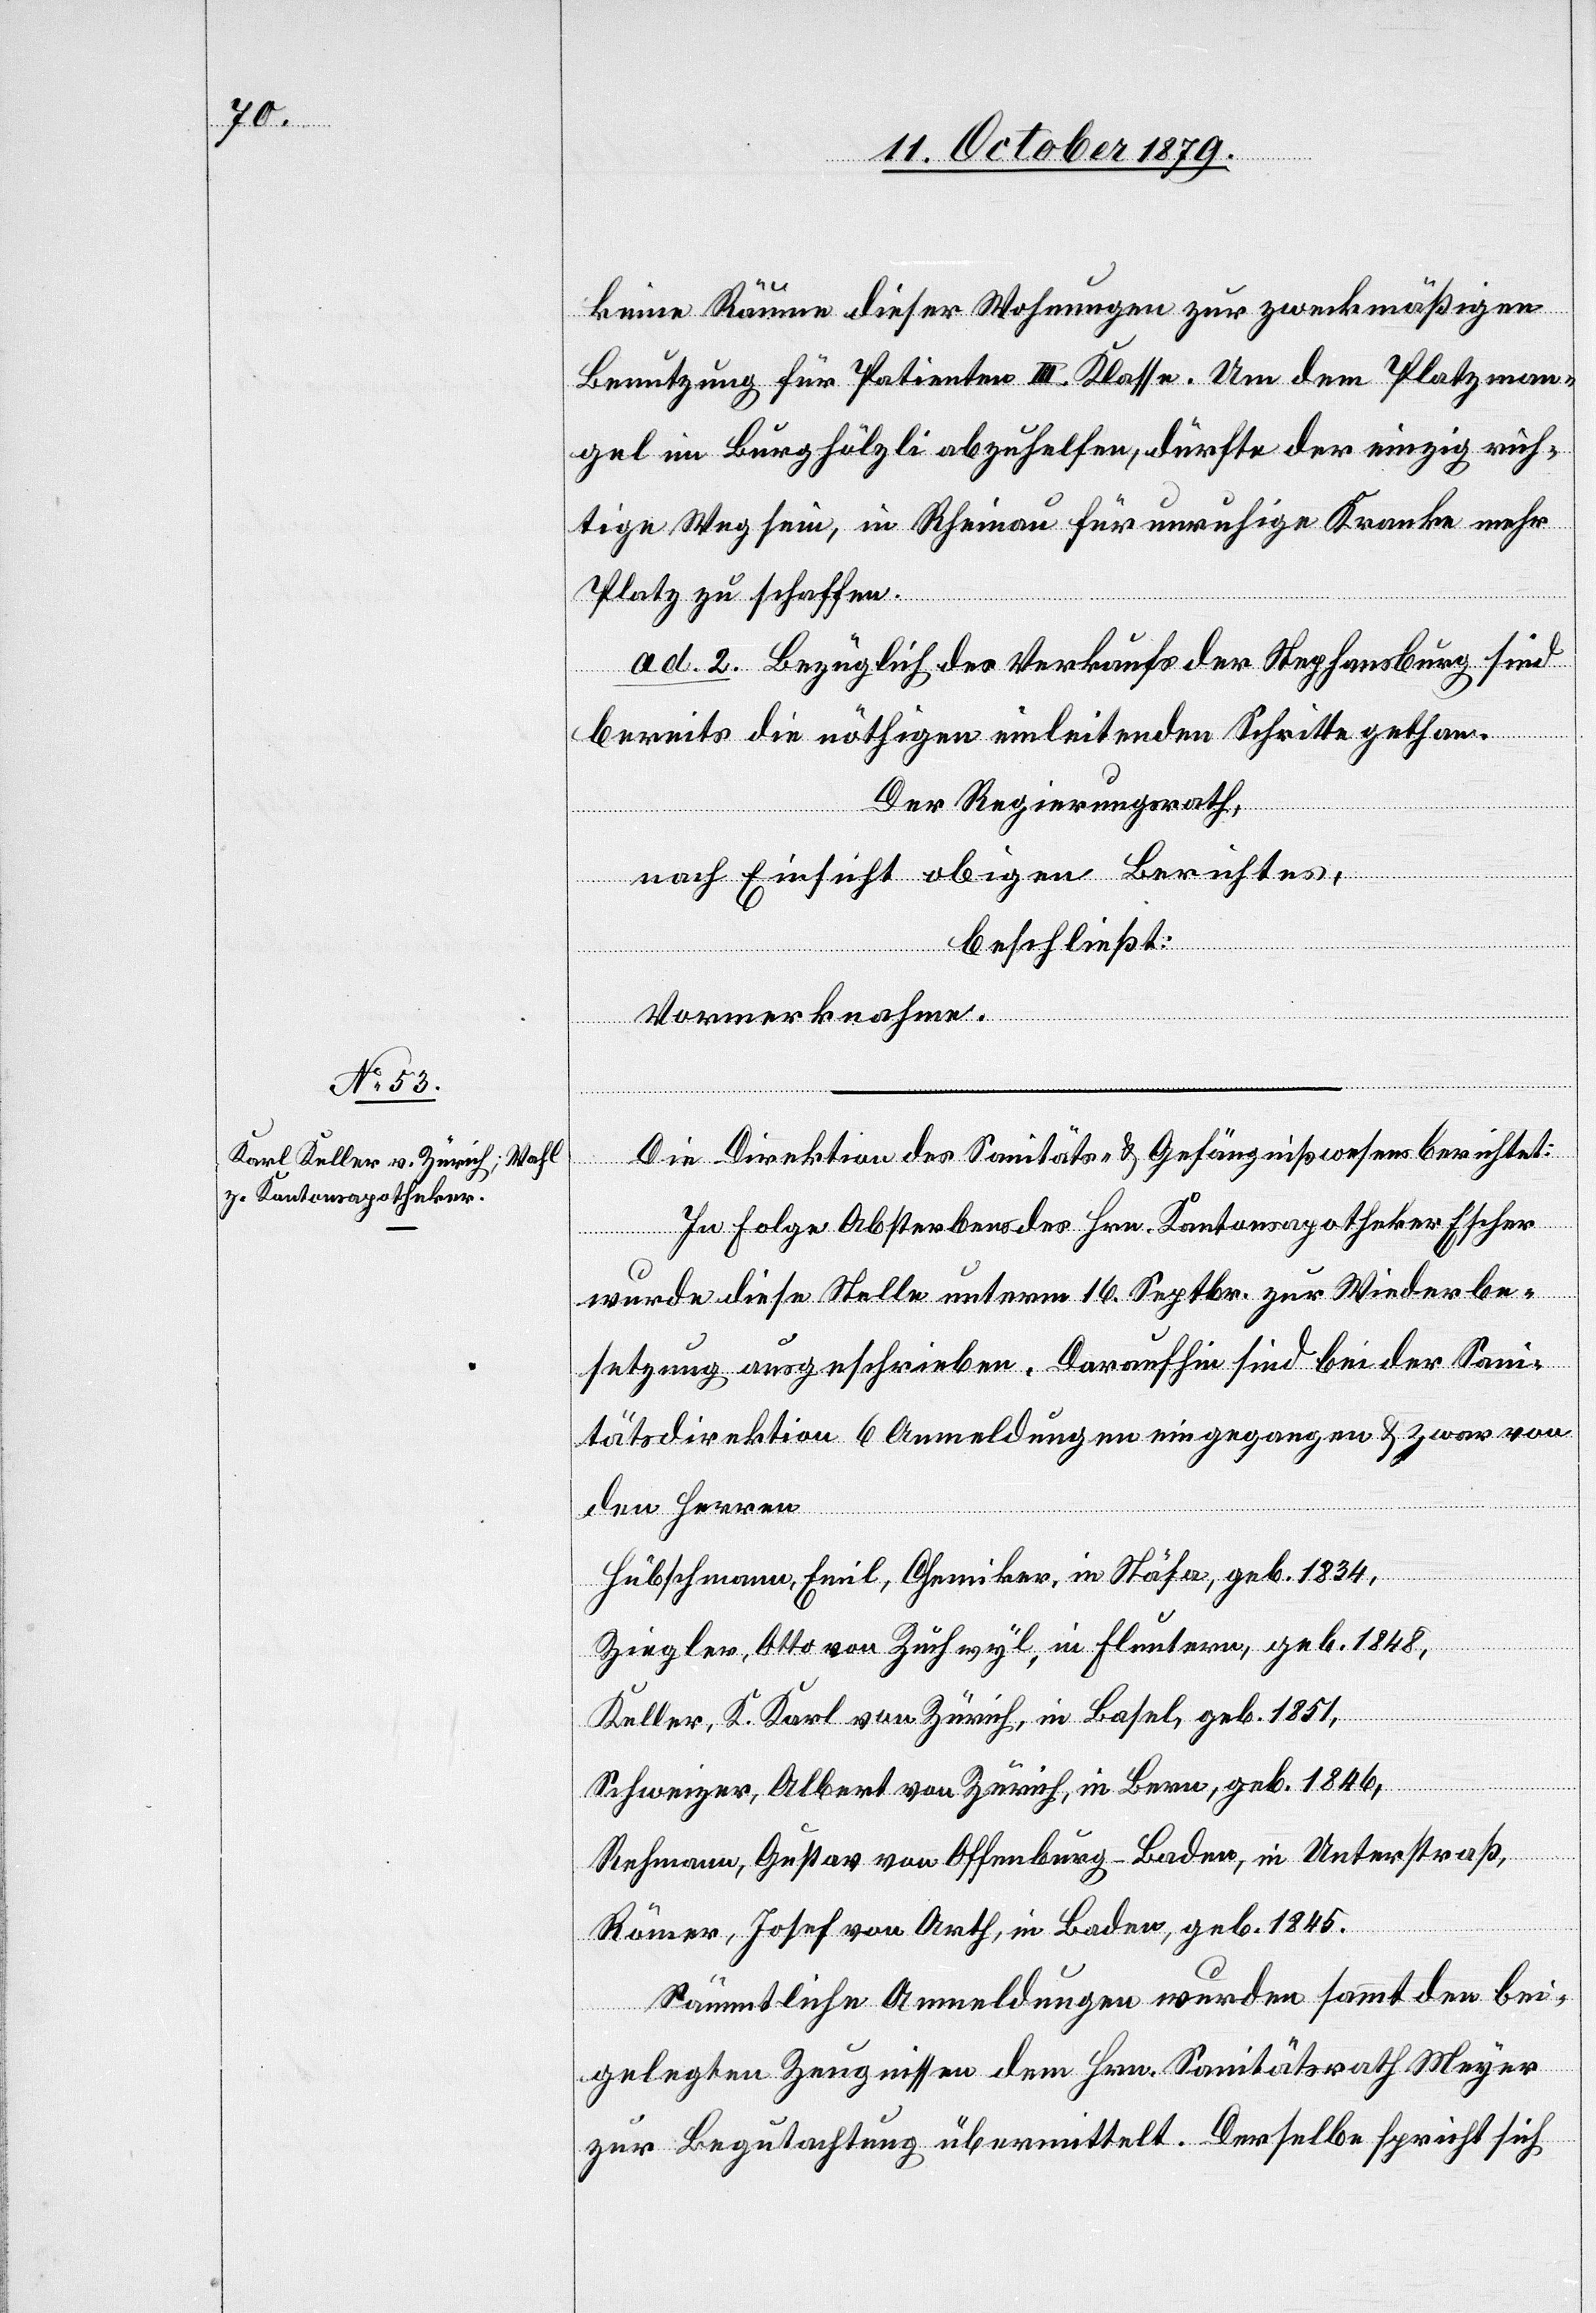
keine Räume dieser Wohnungen zur zweckmäßigen
Benutzung für Patienten III. Klasse. Um dem Platzman¬
gel im Burghölzli abzuhelfen, dürfte der einzig rich¬
tige Weg sein, in Rheinau für unruhige Kranke mehr
Platz zu schaffen.
ad. 2. Bezüglich des Verkaufs der Stephansburg sind
bereits die nöthigen einleitenden Schritte gethan.
Der Regierungsrath,
nach Einsicht obigen Berichtes,
beschließt:
Vormerknahme.
Die Direktion des Sanitäts- & Gefängniswesens berichtet:
In Folge Absterbens des Hrn. Kantonsapotheker Escher
wurde diese Stelle unterm 16. Septbr. zur Wiederbe¬
setzung ausgeschrieben. Daraufhin sind bei der Sani¬
tätsdirektion 6 Anmeldungen eingegangen & zwar von
den Herren
Hübschmann, Emil, Chemiker, in Stäfa, geb. 1834,
Ziegler, Otto von Zuchwyl, in Fluntern, geb. 1848,
Keller, K. Karl von Zürich, in Basel, geb. 1851,
Schweizer, Albert von Zürich, in Bern, geb. 1846,
Rehmann, Gustav von Offenburg - Baden, in Unterstraß,
Römer, Josef von Arth, in Baden, geb. 1845.
Sämmtliche Anmeldungen wurden samt den bei¬
gelegten Zeugnissen dem Hrn. Sanitätsrath Meyer
zur Begutachtung übermittelt. Derselbe spricht sich